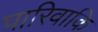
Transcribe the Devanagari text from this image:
पारिवाकि